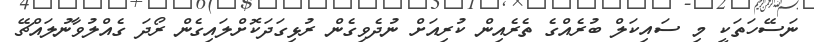
ނަސޭހަތަކީ މި ސައިކަލް ބުރެއްގެ ތެރެއިން ކުރިއަށް ނުދެވިގެން ރުޅިގަދަކޮށްލައިގެން ރޯދަ ގެއްލުވާނުލައްޗޭ